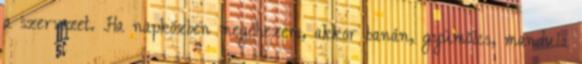
a szervezet. Ha napközben megéhezem, akkor banán, gyümölcs, mandula